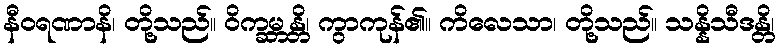
နီဝရဏာနိ၊ တို့သည်။ ဝိက္ခမ္ဘန္တိ၊ ကွာကုန်၏။ ကိလေသာ၊ တို့သည်။ သန္နိသီဒန္တိ၊